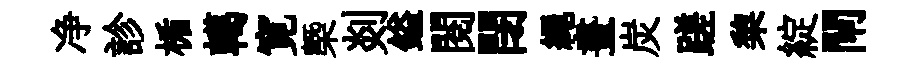
净診楯轕寛槩剡鎰閱閉繩晝炭蹉棃綻閘